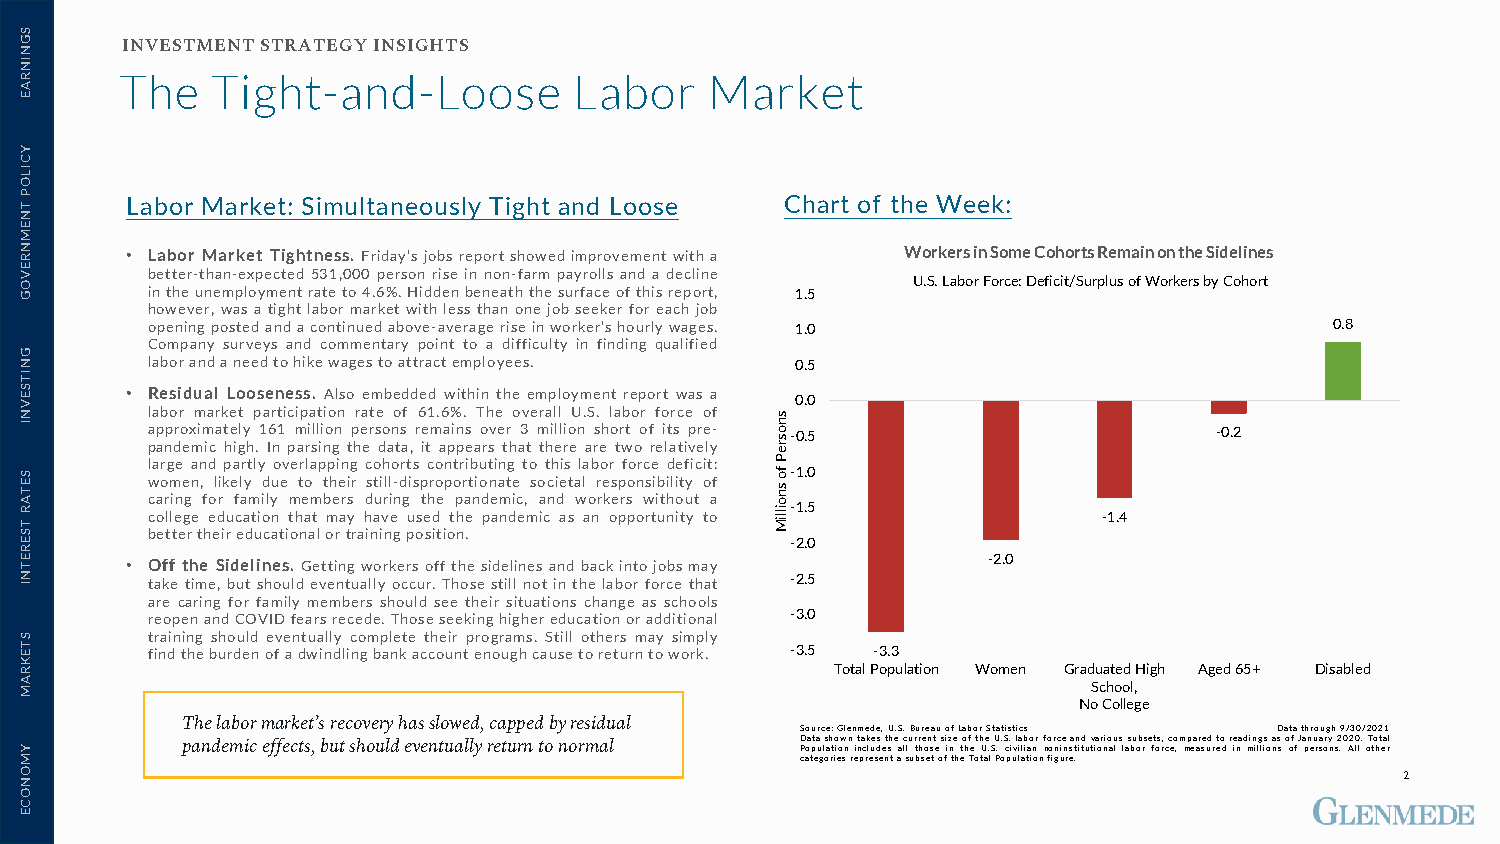
INVESTMENT STRATEGY INSIGHTS
 The   Tight-and-Loose         Labor    Market
 Labor Market: Simultaneously Tight and Loose Chart of the Week:
 • Labor Market Tightness. Friday’s jobs report showed improvement with a Workers in Some Cohorts Remain on the Sidelines
 better-than-expected 531,000 person rise in non-farm payrolls and a decline
 U.S. Labor Force: Deficit/Surplus of Workers by Cohort
 intheunemploymentrateto4.6%.Hiddenbeneaththesurfaceofthisreport, 1.5
 however, was a tight labor market withless than one job seeker for each job
 openingpostedandacontinuedabove-average riseinworker’shourlywages. 1.0        0.8
 Company surveys and commentary point to a difficulty in finding qualified
 laborandaneedtohikewagestoattractemployees. 0.5
 • Residual Looseness. Also embedded within the employment report was a
 0.0
 labor market participation rate of 61.6%. The overall U.S. labor force of
 approximately 161 million persons remains over 3 million short of its pre- -0.5 -0.2
 pandemic high. In parsing the data, it appears that there are two relatively
 large and partly overlapping cohorts contributing to this labor force deficit:
 -1.0
 women, likely due to their still-disproportionate societal responsibility of
 caring for family members during the pandemic, and workers without a
 -1.5
 college education that may have used the pandemic as an opportunity to -1.4
 bettertheireducationalortrainingposition.
 -2.0
 • Off the Sidelines. Gettingworkers off the sidelinesand backintojobsmay -2.0
 take time, but should eventually occur. Those still not in the labor force that -2.5
 are caring for family members should see their situations change as schools
 reopenandCOVIDfearsrecede.Thoseseekinghighereducationoradditional -3.0
 training should eventually complete their programs. Still others may simply
 findtheburdenofadwindlingbankaccountenoughcausetoreturntowork. -3.5 -3.3
 Total Population Women Graduated High Aged 65+ Disabled
 School,
 No College
 The labor market’s recovery has slowed, capped by residual
 Source:Glenmede,U.S.BureauofLaborStatistics Datathrough9/30/2021
 pandemic effects, but should eventually return to normal DatashowntakesthecurrentsizeoftheU.S.laborforceandvarioussubsets,comparedtoreadingsasofJanuary2020.Total Population includes all those in the U.S. civilian noninstitutional labor force, measured in millions of persons. All other
 categoriesrepresentasubsetoftheTotalPopulationfigure.
 2
 SGNINRAE
 YCILOP
 TNEMNREVOG
 GNITSEVNI
 SETAR
 TSERETNI
 STEKRAM
 YMONOCE
 snosreP
 fo
 snoilliM